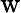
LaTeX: \mathrm{w}